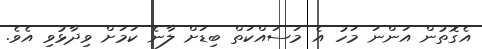
އެގޮތުން އަންނަ މަހު އެ މަސައްކަތް ބިޑަށް ލާނެ ކަމަށް ވިދާޅުވި އެވެ.